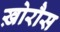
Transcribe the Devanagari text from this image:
ख़ोरौस